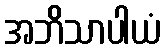
အဘိသာပါယံ